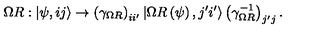
\Omega R : \left| \psi , i j \right> \rightarrow \left( \gamma _ { \Omega R } \right) _ { i i ^ { \prime } } \left| \Omega R \left( \psi \right) , j ^ { \prime } i ^ { \prime } \right> \left( \gamma _ { \Omega R } ^ { - 1 } \right) _ { j ^ { \prime } j } .